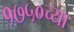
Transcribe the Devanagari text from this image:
१७५०च्या